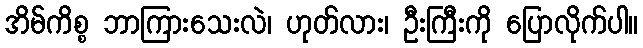
အိမ်ကိစ္စ ဘာကြားသေးလဲ၊ ဟုတ်လား၊ ဦးကြီးကို ပြောလိုက်ပါ။